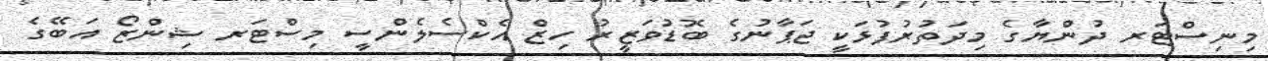
މިނިސްޓަރ ދުންޔާގެ މިދަތުރުފުޅަކީ ޖަޕާނުގެ ބޮޑުވަޒީރު ހިޒް އެކްސެލެންސީ މިސްޓަރ ޝިންޒޯ އަބޭގެ